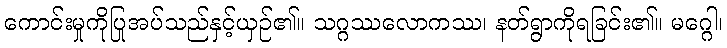
ကောင်းမှုကိုပြုအပ်သည်နှင့်ယှဉ်၏။ သဂ္ဂဿလောကဿ၊ နတ်ရွာကိုရခြင်း၏။ မဂ္ဂေါ၊